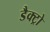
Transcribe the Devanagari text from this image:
डैक्ट्रो